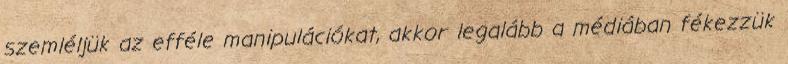
szemléljük az efféle manipulációkat, akkor legalább a médiában fékezzük